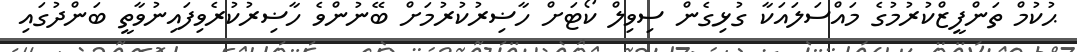
ޙުކުމް ތަންފީޒްކުރުމުގެ މައްސަލައަކާ ގުޅިގެން ސިވިލް ކޯޓަށް ހާޟިރުކުރުމަށް ބޭނުންވެ ހާޟިރުކުރެވިފައިނުވާތީ ބަންދުގައި